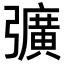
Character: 彍